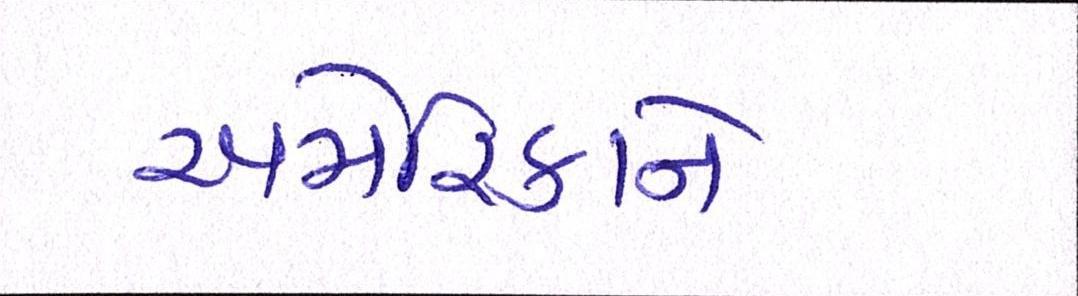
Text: અમેરિકાને